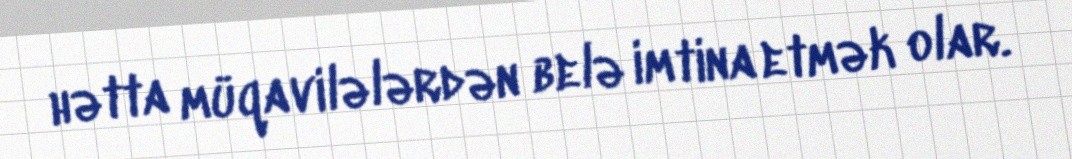
hətta müqavilələrdən belə imtina etmək olar.